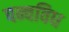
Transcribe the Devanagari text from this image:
पन्चविध